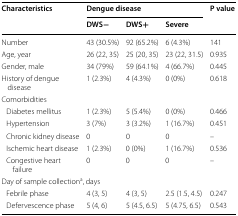
<table><thead><tr><td rowspan="2"><b>Characteristics</b></td><td colspan="3"><b>Dengue disease</b></td><td rowspan="2"><b>P value</b></td></tr><tr><td><b>DWS−</b></td><td><b>DWS+</b></td><td><b>Severe</b></td></tr></thead><tbody><tr><td>Number</td><td>43 (30.5%)</td><td>92 (65.2%)</td><td>6 (4.3%)</td><td>141</td></tr><tr><td>Age, year</td><td>26 (22, 35)</td><td>25 (20, 35)</td><td>23 (22, 31.5)</td><td>0.935</td></tr><tr><td>Gender, male</td><td>34 (79%)</td><td>59 (64.1%)</td><td>4 (66.7%)</td><td>0.445</td></tr><tr><td>History of dengue disease</td><td>1 (2.3%)</td><td>4 (4.3%)</td><td>0 (0%)</td><td>0.618</td></tr><tr><td colspan="5">Comorbidities</td></tr><tr><td> Diabetes mellitus</td><td>1 (2.3%)</td><td>5 (5.4%)</td><td>0 (0%)</td><td>0.466</td></tr><tr><td> Hypertension</td><td>3 (7%)</td><td>3 (3.2%)</td><td>1 (16.7%)</td><td>0.451</td></tr><tr><td> Chronic kidney disease</td><td>0</td><td>0</td><td>0</td><td>–</td></tr><tr><td> Ischemic heart disease</td><td>1 (2.3%)</td><td>0 (0%)</td><td>1 (16.7%)</td><td>0.536</td></tr><tr><td> Congestive heart failure</td><td>0</td><td>0</td><td>0</td><td>–</td></tr><tr><td colspan="5">Day of sample collection<sup>a</sup>, days</td></tr><tr><td> Febrile phase</td><td>4 (3, 5)</td><td>4 (3, 5)</td><td>2.5 (1.5, 4.5)</td><td>0.247</td></tr><tr><td> Defervescence phase</td><td>5 (4, 6)</td><td>5 (4.5, 6.5)</td><td>5 (4.75, 6.5)</td><td>0.543</td></tr></tbody></table>